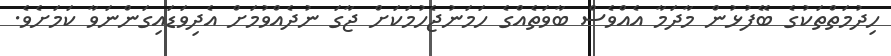
ހިދުމަތްތަކުގެ ބޭފުޅުން މާދަމާ އެއްވެސް ބާވަތެއްގެ ހަމަނުޖެހުމަކަށް ޖާގަ ނުދެއްވުމަށް އެދިވަޑައިގަންނަވާ ކަމަށެވެ.